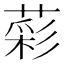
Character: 𦹮